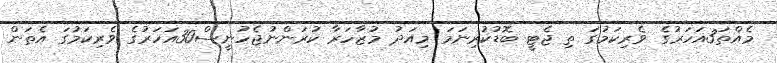
މެއްތަ3އަހަރުގެ ވެރިކަމުގަ ތި ޖެޓީ ބޮޑުކުރިނަމަ މިއަދު މުޒާހަރާ ކުރަންނުޖެހުނީސް30އަހަރުގެ ވެރިކަމުގަ އެތަން